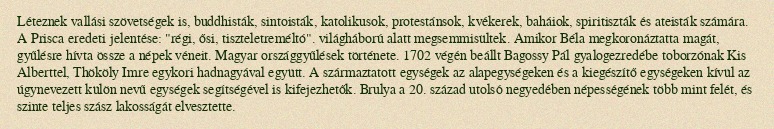
Léteznek vallási szövetségek is, buddhisták, sintoisták, katolikusok, protestánsok, kvékerek, baháiok, spiritiszták és ateisták számára. A Prisca eredeti jelentése: "régi, ősi, tiszteletreméltó". világháború alatt megsemmisültek. Amikor Béla megkoronáztatta magát, gyűlésre hívta össze a népek véneit. Magyar országgyűlések története. 1702 végén beállt Bagossy Pál gyalogezredébe toborzónak Kis Alberttel, Thököly Imre egykori hadnagyával együtt. A származtatott egységek az alapegységeken és a kiegészítő egységeken kívül az úgynevezett külön nevű egységek segítségével is kifejezhetők. Brulya a 20. század utolsó negyedében népességének több mint felét, és szinte teljes szász lakosságát elvesztette.